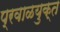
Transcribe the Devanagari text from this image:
प्रवाळयुक्त